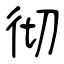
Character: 彻